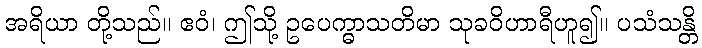
အရိယာ တို့သည်။ ဧဝံ၊ ဤသို့ ဥပေက္ဓာသတိမာ သုခဝိဟာရီဟူ၍။ ပသံသန္တိ